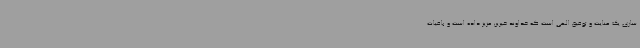
سازی یک عنایت و توفیق الهی است که خداوند خیرین عزیز داده است و باقیات